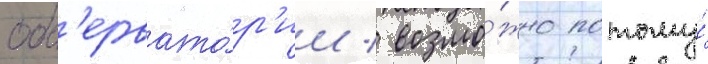
обс'ервато́р'ии / возмо́жно потому́